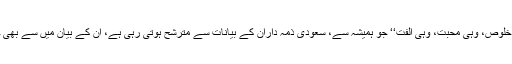
’’وہی جذبہ وہی خلوص، وہی محبت، وہی الفت‘‘ جو ہمیشہ سے، سعودی ذمہ داران کے بیانات سے مترشح ہوتی رہی ہے، ان کے بیان میں سے بھی چھلک رہی تھی۔